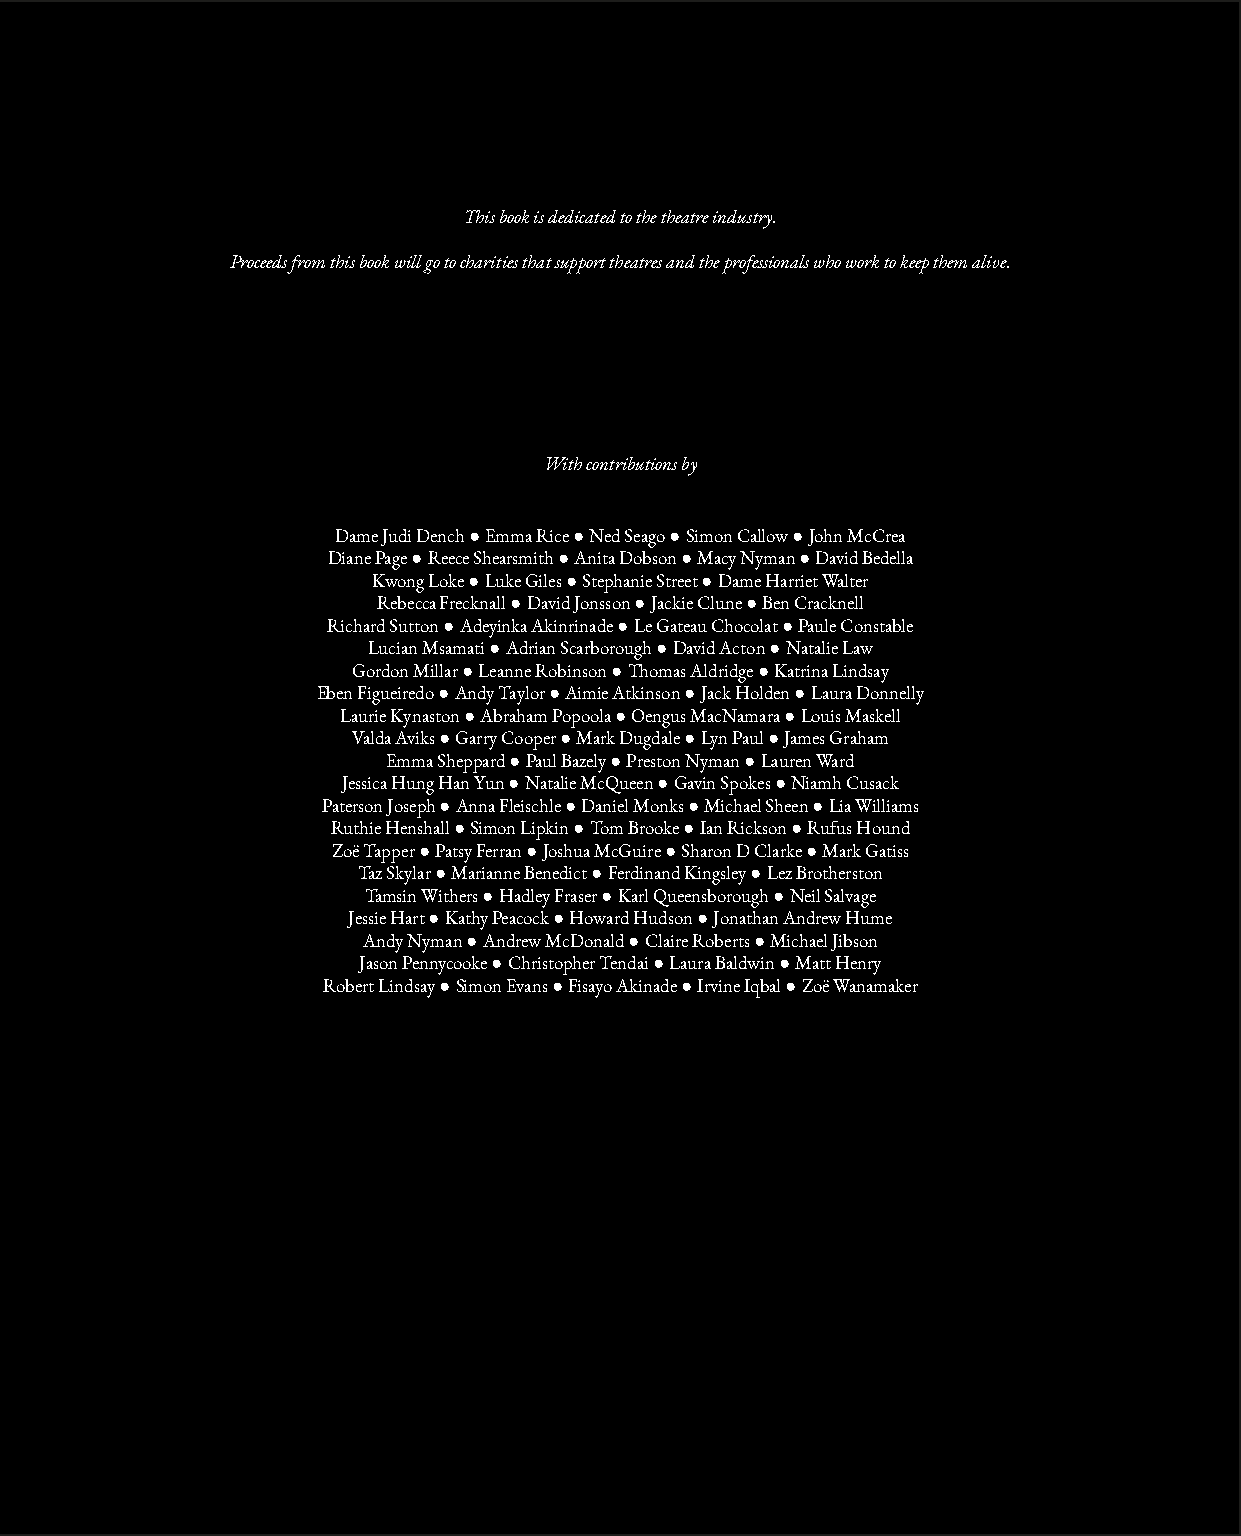
This book is dedicated to the theatre industry.
 Proceeds from this book will go to charities that support theatres and the professionals who work to keep them alive.
 With contributions by
 Dame Judi Dench ● Emma Rice ● Ned Seago ● Simon Callow ● John McCrea
 Diane Page ● Reece Shearsmith ● Anita Dobson ● Macy Nyman ● David Bedella
 Kwong Loke ● Luke Giles ● Stephanie Street ● Dame Harriet Walter
 Rebecca Frecknall ● David Jonsson ● Jackie Clune ● Ben Cracknell
 Richard Sutton ● Adeyinka Akinrinade ● Le Gateau Chocolat ● Paule Constable
 Lucian Msamati ● Adrian Scarborough ● David Acton ● Natalie Law
 Gordon Millar ● Leanne Robinson ● Thomas Aldridge ● Katrina Lindsay
 Eben Figueiredo ● Andy Taylor ● Aimie Atkinson ● Jack Holden ● Laura Donnelly
 Laurie Kynaston ● Abraham Popoola ● Oengus MacNamara ● Louis Maskell
 Valda Aviks ● Garry Cooper ● Mark Dugdale ● Lyn Paul ● James Graham
 Emma Sheppard ● Paul Bazely ● Preston Nyman ● Lauren Ward
 Jessica Hung Han Yun ● Natalie McQueen ● Gavin Spokes ● Niamh Cusack
 Paterson Joseph ● Anna Fleischle ● Daniel Monks ● Michael Sheen ● Lia Williams
 Ruthie Henshall ● Simon Lipkin ● Tom Brooke ● Ian Rickson ● Rufus Hound
 Zoë Tapper ● Patsy Ferran ● Joshua McGuire ● Sharon D Clarke ● Mark Gatiss
 Taz Skylar ● Marianne Benedict ● Ferdinand Kingsley ● Lez Brotherston
 Tamsin Withers ● Hadley Fraser ● Karl Queensborough ● Neil Salvage
 Jessie Hart ● Kathy Peacock ● Howard Hudson ● Jonathan Andrew Hume
 Andy Nyman ● Andrew McDonald ● Claire Roberts ● Michael Jibson
 Jason Pennycooke ● Christopher Tendai ● Laura Baldwin ● Matt Henry
 Robert Lindsay ● Simon Evans ● Fisayo Akinade ● Irvine Iqbal ● Zoë Wanamaker